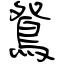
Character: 鴛